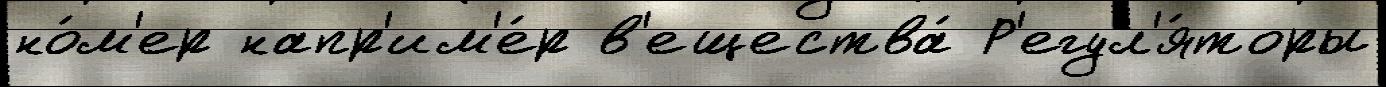
но́м'ер напр'им'е́р в'ещества́ Р'егул'я́торы